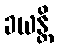
ခယန္တိ